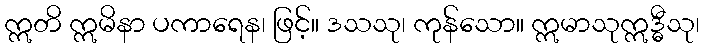
ဣတိ ဣမိနာ ပကာရေန၊ ဖြင့်။ ဒသသု၊ ကုန်သော။ ဣမာသုဣဒ္ဓီသု၊